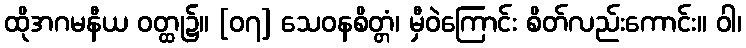
ထိုအဂမနီယ ဝတ္ထု၌။ [၀၇] သေဝနစိတ္တံ၊ မှီဝဲကြောင်း စိတ်လည်းကောင်း။ ဝါ၊